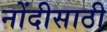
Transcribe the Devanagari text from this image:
नोंदीसाठी